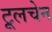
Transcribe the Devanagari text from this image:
टूलचेन